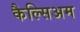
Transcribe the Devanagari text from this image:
कैल्सिअम